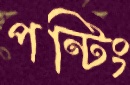
পন্টিং